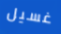
غسيل